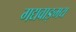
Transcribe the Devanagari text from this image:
गद्यवाङ्‌मय